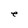
Character: e